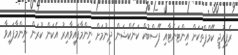
ރެފިއުޖީ ކޭމްޕްތަކަށް އިންޓަނެޓާއި ފޭސްބުކް ކަނެކްޝަން ދިނުމަށް ނިންމާފައިވާއިރު އެކަން ކުރަން ނިންމާފައިވާ